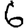
Digit: 6